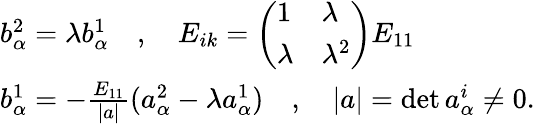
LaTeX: \begin{array}{l}{{b_{\alpha}^{2}=\lambda b_{\alpha}^{1}\quad,\quad E_{ik}=\left(\begin{array}{ll}{{1}}&{{\lambda}}\\ {{\lambda}}&{{\lambda^{2}}}\end{array}\right)E_{11}}}\\ {{b_{\alpha}^{1}=-\frac{E_{11}}{|a|}(a_{\alpha}^{2}-\lambda a_{\alpha}^{1})\quad,\quad|a|=\operatorname*{det}a_{\alpha}^{i}\not=0.}}\end{array}